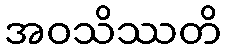
အဝသိဿတိ